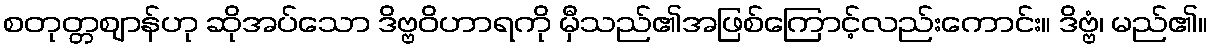
စတုတ္တဈာန်ဟု ဆိုအပ်သော ဒိဗ္ဗဝိဟာရကို မှီသည်၏အဖြစ်ကြောင့်လည်းကောင်း။ ဒိဗ္ဗံ၊ မည်၏။